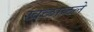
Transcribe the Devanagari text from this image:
खळाळले